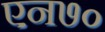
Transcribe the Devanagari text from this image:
एन७०